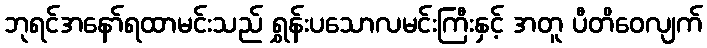
ဘုရင်အနော်ရထာမင်းသည် ရွှန်းပသောလမင်းကြီးနှင့် အတူ ပီတိဝေလျက်